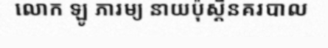
លោក ឡូ ភារម្យ នាយប៉ុស្តិ៍នគរបាល